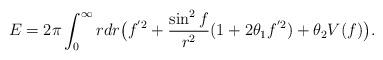
LaTeX: \begin{align*}E = 2\pi \int_{0}^{\infty}rdr\big(f^{'2} + \frac{\sin^{2}f}{r^{2}}(1+2\theta_{1}f^{'2}) + \theta_{2}V(f)\big).\end{align*}